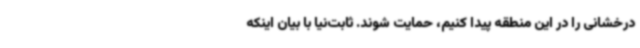
درخشانی را در این منطقه پیدا کنیم، حمایت شوند. ثابت‌نیا با بیان اینکه